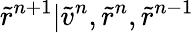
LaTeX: \tilde{r}^{n+1}|\tilde{v}^{n},\tilde{r}^{n},\tilde{r}^{n-1}